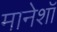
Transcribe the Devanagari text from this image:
मानेशॉ